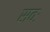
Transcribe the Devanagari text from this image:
सवः